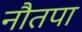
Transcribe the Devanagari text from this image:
नौतपा